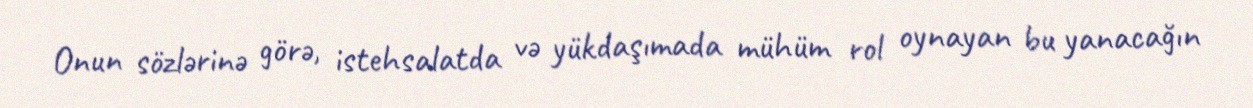
Onun sözlərinə görə, istehsalatda və yükdaşımada mühüm rol oynayan bu yanacağın